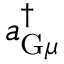
a _ { \mathrm { G } \mu } ^ { \dagger }